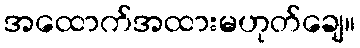
အထောက်အထားမဟုတ်ချေ။